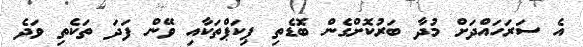
އެ ސަރަހައްދަށް މުދާ ބަރުކޮށްގެން ބޮޑެތި ޕިކަޕްތަކާއި ވޭން ފަދަ ތަކެތި ވަދެ